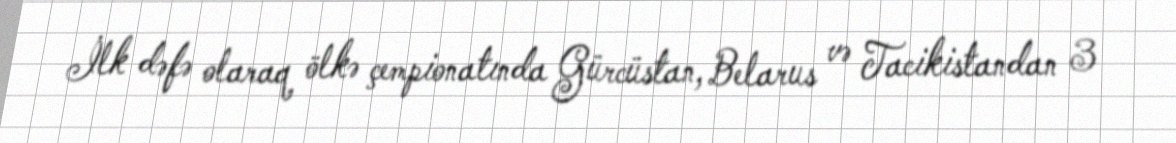
İlk dəfə olaraq ölkə çempionatında Gürcüstan, Belarus və Tacikistandan 3